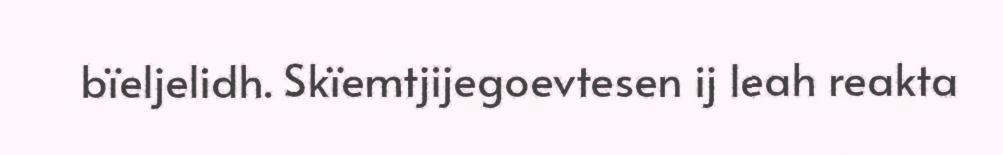
bïeljelidh. Skïemtjijegoevtesen ij leah reakta